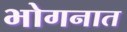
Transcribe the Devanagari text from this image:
भोगनात